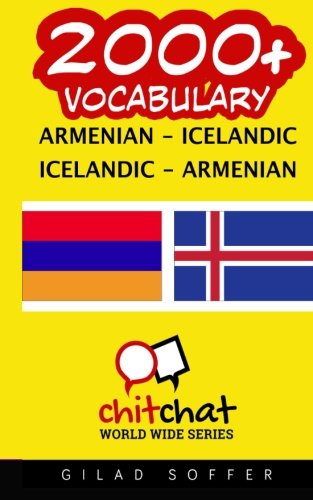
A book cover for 2000+ Armenian - Icelandic Icelandic - Armenian Vocabulary (Armenian Edition); Gilad Soffer; Travel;